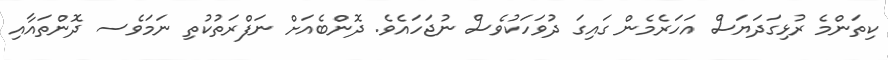
ކިތަންމެ ރުޅިގަދަޔަސް އަހަރެމެން ގައިގަ ދުވަހަކުވެސް ނުޖަހައެވެ. ދޮންބެއަށް ނަފްރަތުކުތި ނަމަވެސ ދޮންތައާއި